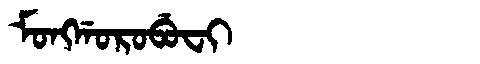
Manchu: ᠮᠣᠩᡤᠣᡵᠣᠪᡠᠸᡳ
Romanization: MONGGOROBUFI